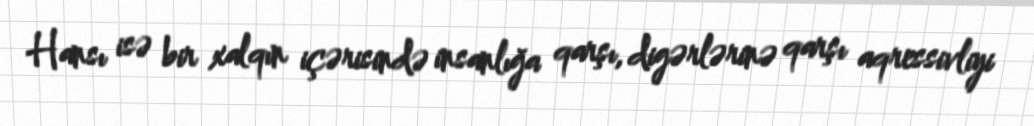
Hansı isə bir xalqın içərisində insanlığa qarşı, digərlərinə qarşı aqressivliyi